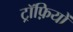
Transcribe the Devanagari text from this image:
ट्रॉफ़ियों